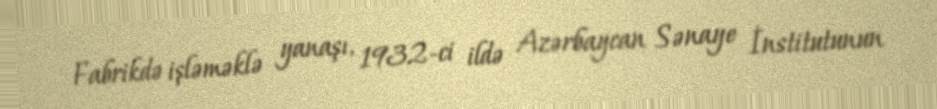
Fabrikdə işləməklə yanaşı, 1932-ci ildə Azərbaycan Sənaye İnstitutunun